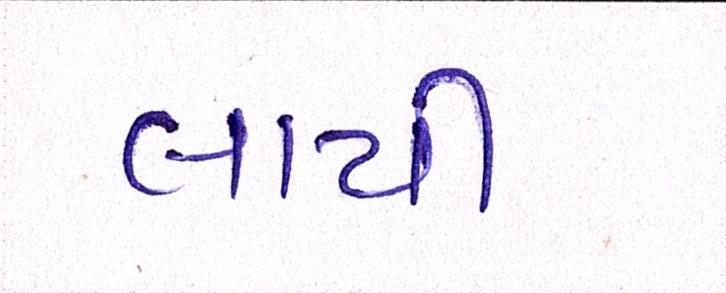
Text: લાયી